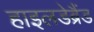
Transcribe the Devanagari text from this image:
हाइलडेब्रैंड